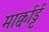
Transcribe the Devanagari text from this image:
मार्क्वार्ड्ट